Annual administration report of the Civil Veterinary Department of India - 1894-1895
Year: 1894
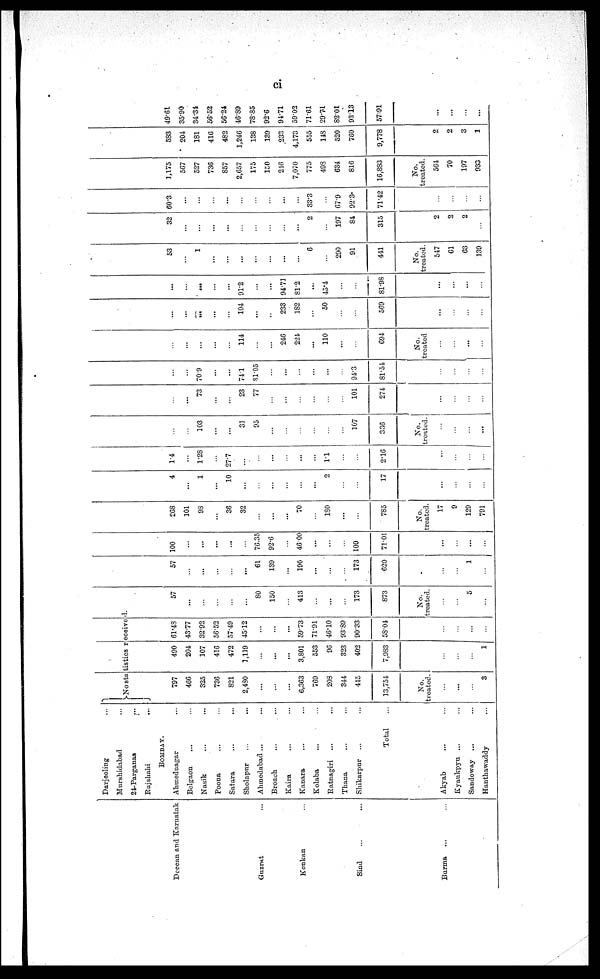
ci
Deccan and Karnatak
Guzrat ...
Konkan ...
Sind ... ...
Burma ... ...
Darjeeling...
Murshidabad...
24-Parganas...
Rajshahi...
BOMBAY.
Ahmednagar ...
Belgaon ... ...
Nasik
...
...
Poona ... ...
Satara
...
...
Sholapur
...
...
Ahmedabad ...
...
Broach
...
Kaira ... ...
Kanara ... ...
Kolaba ... ...
Ratnagiri
...
...
Thana
...
...
Shikarpur ... ...
Total...
Akyab ... ...
Kyaukpyu ...
...
Sandoway
...
...
Hanthawaddy...
No statistics received.
797
466
325
736
821
2,430
...
...
6,363
769
203
344
415
13,754
No.
treated.
...
...
...
3
490
204
107
416
472
1,119
...
...
3,801
553
96
323
402
7,983
...
...
...
1
61.48
43.77
32.92
56.52
57.49
45.12
...
...
...
59.73
71.91
46.10
93.89
90.33
58.04
...
...
...
...
57
...
...
...
...
...
80
150
...
413
...
...
...
173
873
No.
treated.
...
...
5
...
57
...
...
...
...
...
61
139
...
190
...
...
...
173
620
...
...
1
...
100
...
...
...
...
...
76.35
92.6
...
46.00
...
...
...
100
71.01
...
...
...
...
268
101
98
...
36
32
...
...
...
70
...
180
...
...
785
No.
treated.
17
9
129
791
4
...
1
...
10
...
...
...
...
...
...
2
...
...
17
...
...
...
...
1.4
...
1.28
...
27.7
...
...
...
...
...
...
1.1
...
...
2.16
...
...
...
...
...
...
103
...
...
31
95
...
...
...
...
...
...
107
336
No.
treated.
...
...
...
...
...
...
73
...
...
23
77
...
...
...
...
...
...
101
274
...
...
...
...
...
...
70.9
...
...
74.1
81.05
...
...
...
...
...
...
94.3
81.54
...
...
...
...
...
...
...
...
...
114
...
...
246
224
...
110
...
...
694
No.
treated
...
...
...
...
...
...
...
...
...
104
...
...
233
182
...
50
...
...
569
...
...
...
...
...
...
...
...
...
91.2
...
...
94.71
81.2
...
45.4
...
...
81.98
...
...
...
...
53
...
1
...
...
...
...
...
...
...
6
...
290
91
441
No.
treated.
547
61
63
139
32
...
...
...
...
...
...
...
...
...
2
...
197
84
315
2
2
2
...
60.3
...
...
...
...
...
...
...
...
...
33.3
...
67.9
92.3
71.42
...
...
...
...
1,175
567
527
736
857
2,657
175
150
246
7,070
775
498
634
816
16,883
No.
treated.
564
70
197
933
583
204
181
416
482
1,246
138
139
233
4,173
555
148
520
760
9,778
2
2
3
1
49.61
35.90
34.34
56.52
56.24
46.89
78.85
92.6
94.71
59.02
71.61
29.74
82.01
93.13
57.91
...
...
...
...